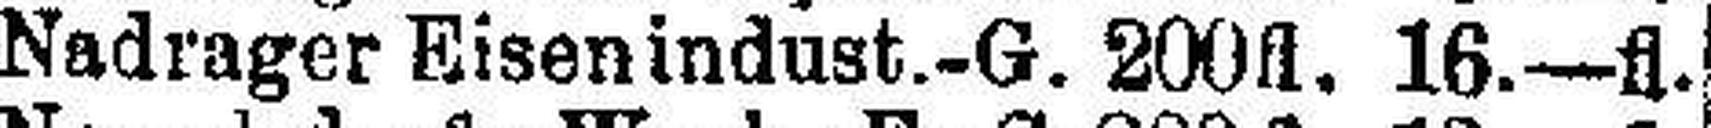
Nadrager Eisenindust.-G. 200fl. 16.—fl.